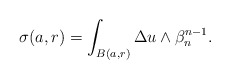
\begin{align*} \begin{aligned} \sigma(a,r)=\int_{B(a,r)}\Delta u \wedge \beta_n ^{n-1}.\end{aligned} \end{align*}